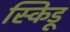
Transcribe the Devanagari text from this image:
स्किडू